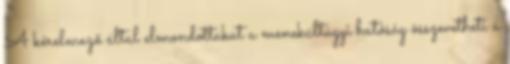
A kérelmező által elmondottakat a menekültügyi hatóság összevetheti a